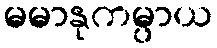
မမာနုကမ္ပာယ